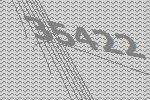
35422